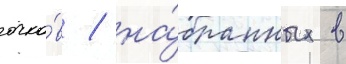
очко́в / на́бранных в